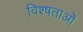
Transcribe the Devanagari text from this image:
विश्षताओं